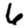
Digit: 6